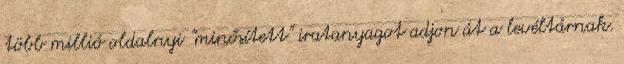
több millió oldalnyi "minősített" iratanyagot adjon át a levéltárnak.